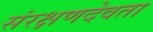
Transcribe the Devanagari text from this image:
संरक्षणदेवता